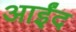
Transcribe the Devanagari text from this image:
आईंद